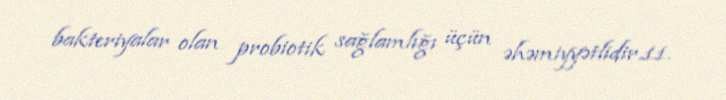
bakteriyalar olan probiotik sağlamlığı üçün əhəmiyyətlidir.11.